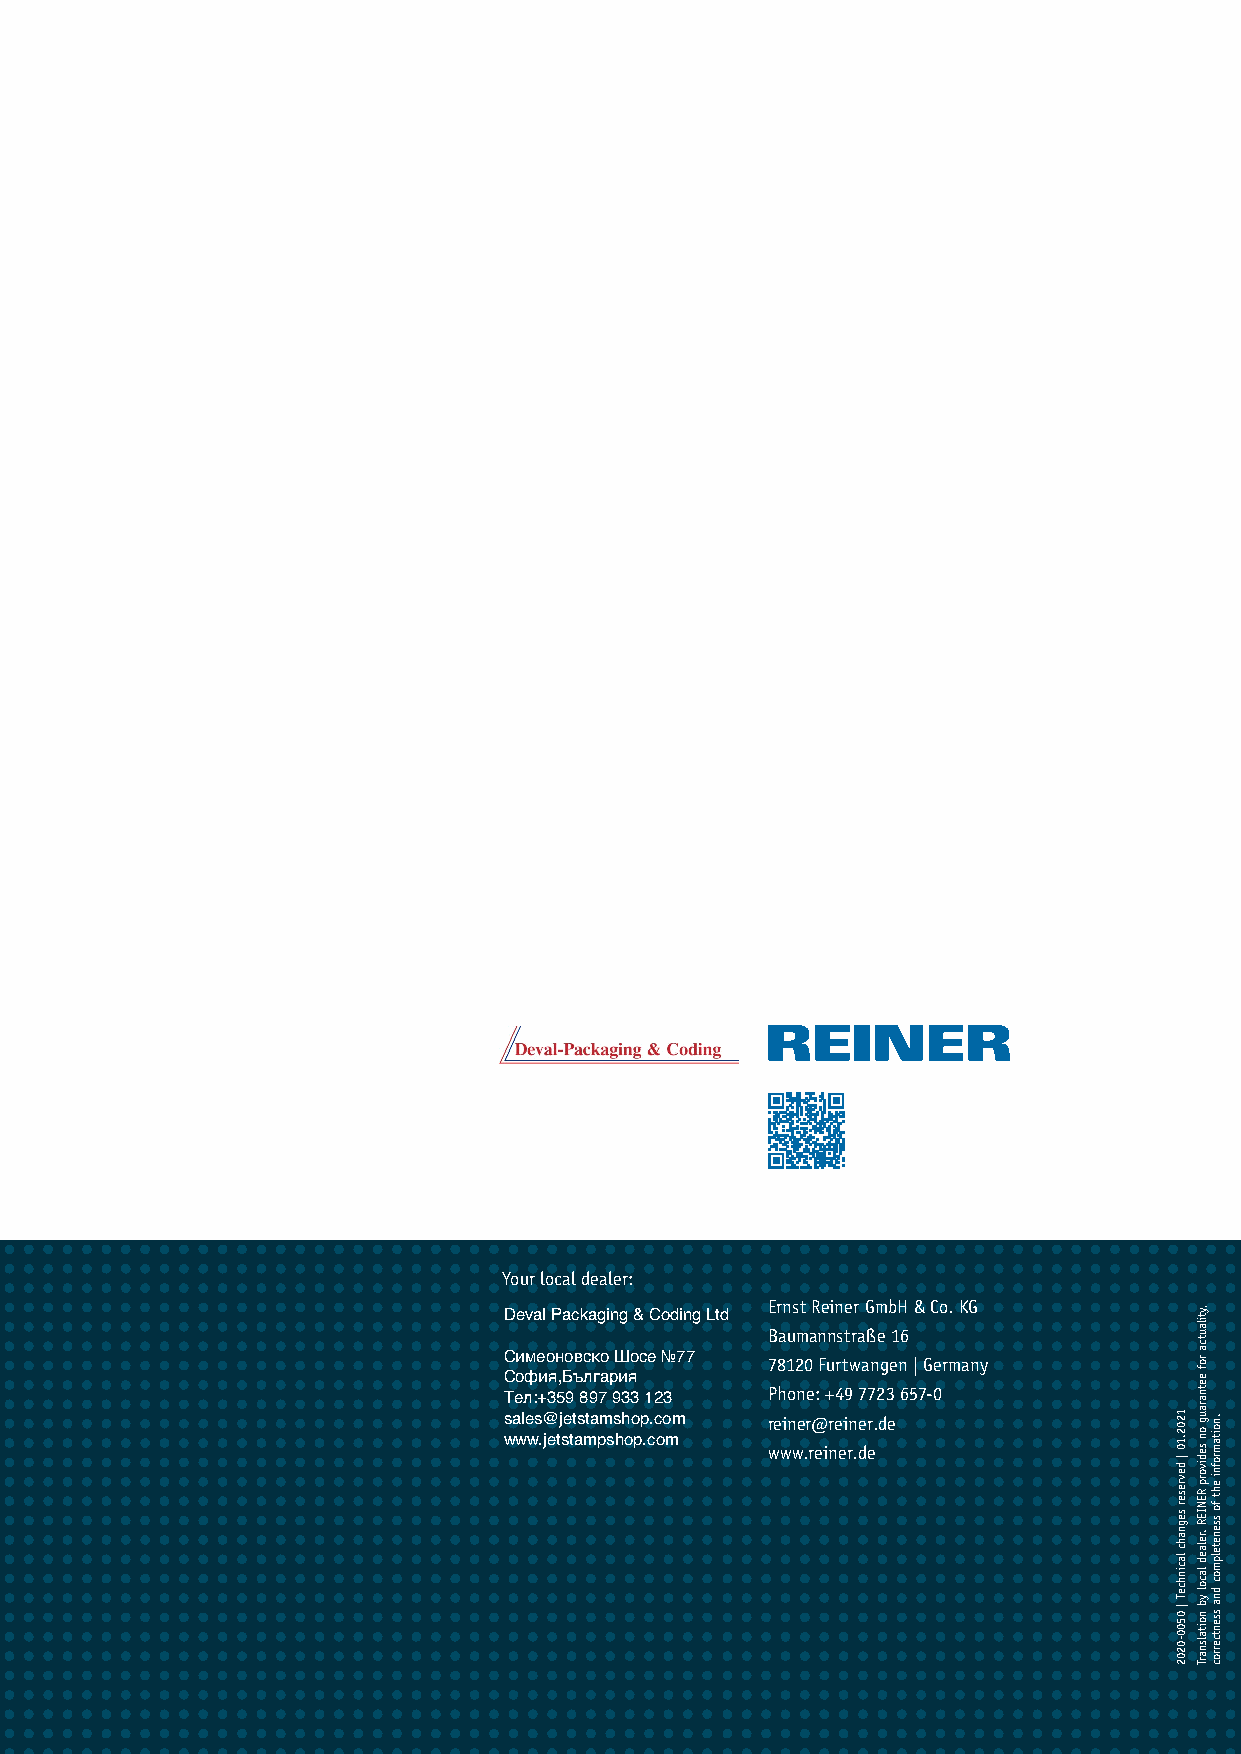
Your local dealer:
 Ernst Reiner GmbH & Co. KG Deval Packaging & Coding Ltd
 Baumannstraße 16
 Симеоновско Шосе №77 78120 Furtwangen | Germany
 София,България
 Тел:+359 897 933 123 Phone: +49 7723 657-0
 sales@jetstamshop.com reiner@reiner.de
 www.jetstampshop.com
 www.reiner.de
 1202.10
 |
 devreser
 segnahc
 lacinhceT
 | 0500-0202
 ,ytilautca
 rof
 eetnaraug
 on
 sedivorp
 RENIER
 .relaed
 lacol
 yb
 noitalsnarT
 .noitamrofni
 eht
 fo
 ssenetelpmoc
 dna
 ssentcerroc